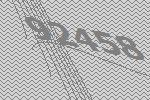
92458